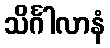
သိင်္ဂါလာနံ